Medical and sanitary report of the native army of Bengal for the year
Year: 1874
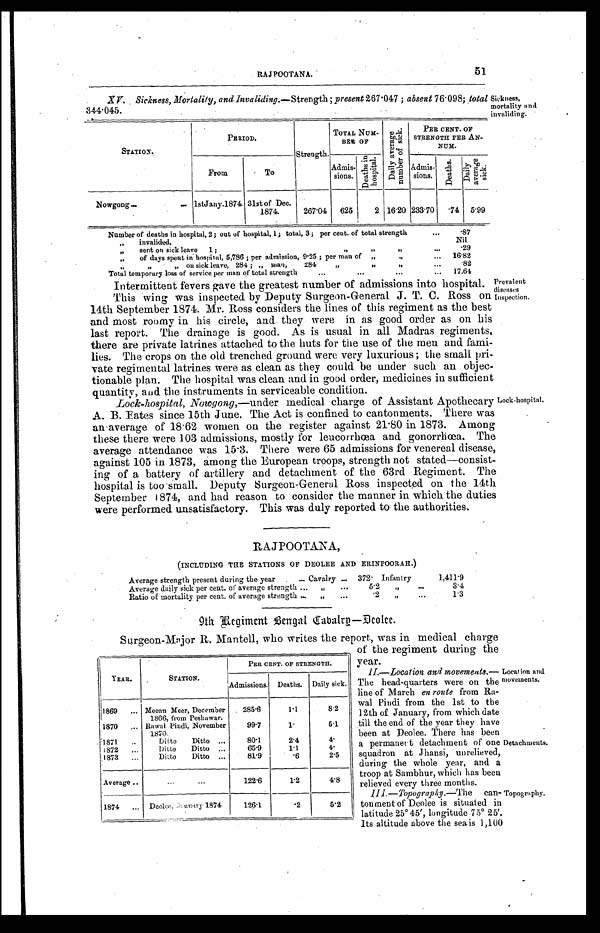
YEAR.
STATION.
PER CENT. OF STRENGTH.
Admissions. Deaths. Daily sick.
1869 . . .
Meean Meer, December
1866, from Peshawar.
285.6
1.1
8.2
1870 . . .
Rawal Pindi, November
1870.
99.7
1.
5.1
1871 . . .
Ditto Ditto . . .
80.1
2.4
4.
1872 . . .
Ditto Ditto . . .
65.9
1.1
4.
1873 . . .
Ditto Ditto . . .
81.9
.6
2.5
Average . . .
. . .
122.6
1.2
4.8
1874 . . .
Deolee, January 1874
126.1
.2
5.2
Surgeon-Major R. Mantell, who writes the report, was in medical charge
of the regiment during the
year.
II.—Location and movements
. — T h e h e a d - q u a r t e r s w e r e o n t h e
line of March en route from Ra
-wal Pindi from the 1st to the
12th of January, from which date
till the end of the year they have
been at Deolee. There has been
a permanert detachment of one
squadron at Jhansi, unrelieved,
during the whole year, and a
troop at Sambhur, which has been
r e l i e v e d e v e r y t h r e e m o n t h s .
III—Topography .—The
can
-tonment of Deolee is situated in
latitude 25° 45', longitude 75° 25'.
Its altitude above the sea, is 1,100
51
RAJPOOTANA.
XV. Sickness, Mortality, and Invaliding .—Strength; present 267.047; absent 76.098; total
344.045.
Sickness,
mortality and
invaliding.
S T A T I O N .
PERIOD.
Strength.
TOTAL
N u m - B E R
OF
D a i l y a v e r a g e n u m b e r o f s i c k .
PER CENT. OF
STRENGTH PER AN-
NUM.
From
To
Admis-
sions.
D e a t h s i n h o s p i t a l .
Admis-
sions.
D e a t h s .
D a i l y a v e r a g e s i c k .
Nowgong . . . lst Jany.1874 31st of Dec.
1874.
267.04
625
2 16.20 233.70
. 7 4 5.99
Number of deaths in hospital, 2; out of hospital, 1; total, 3; per cent. of total strength . . .
.87
" i n v a l i d e d ,
Nil
" sent on sick leave 1; " " " . . .
.29
" of days spent in hospital, 5,786; per admission, 9.25; per man of " " . . .
16.82
" " " on sick leave, 284 ; " man, 284. " " " . . .
. 8 2
Total temporary loss of service per man of total strength . . .
17.64
Intermittent fevers gave the greatest number of admissions into hospital.
This wing was inspected by Deputy Surgeon-General J. T. C. Ross on
14th September 1874. Mr. Ross considers the lines of this regiment as the best
and most roomy in his circle, and they were in as good order as on his
last report. The drainage is good. As is usual in all Madras regiments,
there are private latrines attached to the huts for the use of the men and fami
-
lies. The crops on the old trenched ground were very luxurious; the small pri
-
vate regimental latrines were as clean as they could be under such an objec
-
tionable plan. The hospital was clean and in good order, medicines in sufficient
quantity, and the instruments in serviceable condition.
L o c k - h o s p i t a l , N o w g o n g , —
u n d e r m e d i c a l c h a r g e o f A s s i s t a n t A p o t h e c a r y
A. B. Fates since 15th June. The Act is confined to cantonments. There was
an-average of 18.62 women on the register against 21.80 in 1873. Among
these there were 103 admissions, mostly for leucorrhœa and gonorrhœa. The
average attendance was 15.3. There were 65 admissions for venereal disease,
against 105 in 1873, among the European troops, strength not stated—consist
-
ing of a battery of artillery and detachment of the 63rd Regiment. The
hospital is too small. Deputy Surgeon-General Ross inspected on the 14th
September 1874, and had reason to consider the manner in which the duties
were performed unsatisfactory. This was duly reported to the authorities.
Prevalent
diseases
Inspection.
Lock-hospital.
RAJPOOTANA,
(INCLUDING THE STATIONS OF DEOLEE AND ERINPOORAH.)
Average strength present during the year . . . Cavalry . . .
372. Infantry
1,411.9
Average daily sick per cent. of average strength . . .
" . . .
5.2 " . . .
3.4
Ratio of mortality, per cent. of average strength . . .
" . . .
. 2 " . . .
1.3
9th Regiment Bengal Cavalry—Deolee.
Location and
movements.
Detachments.
Topography.